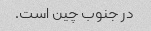
در جنوب چین است.